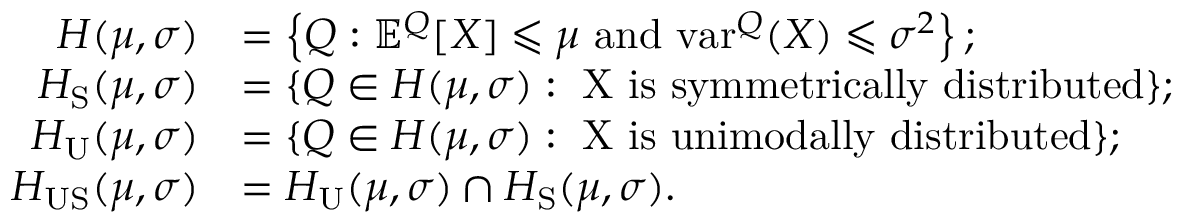
\begin{array} { r l } { H ( \mu , \sigma ) } & { = \left\{ Q : \mathbb { E } ^ { Q } [ X ] \leqslant \mu \mathrm { ~ a n d ~ } \mathrm { v a r } ^ { Q } ( X ) \leqslant \sigma ^ { 2 } \right\} ; } \\ { H _ { \mathrm { S } } ( \mu , \sigma ) } & { = \{ Q \in H ( \mu , \sigma ) : \mathrm { ~ X ~ i s ~ s y m m e t r i c a l l y ~ d i s t r i b u t e d } \} ; } \\ { H _ { \mathrm { U } } ( \mu , \sigma ) } & { = \{ Q \in H ( \mu , \sigma ) : \mathrm { ~ X ~ i s ~ u n i m o d a l l y ~ d i s t r i b u t e d } \} ; } \\ { H _ { \mathrm { U S } } ( \mu , \sigma ) } & { = H _ { \mathrm { U } } ( \mu , \sigma ) \cap H _ { \mathrm { S } } ( \mu , \sigma ) . } \end{array}